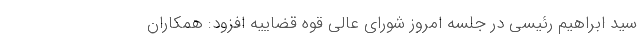
سید ابراهیم رئیسی در جلسه امروز شورای عالی قوه قضاییه افزود: همکاران